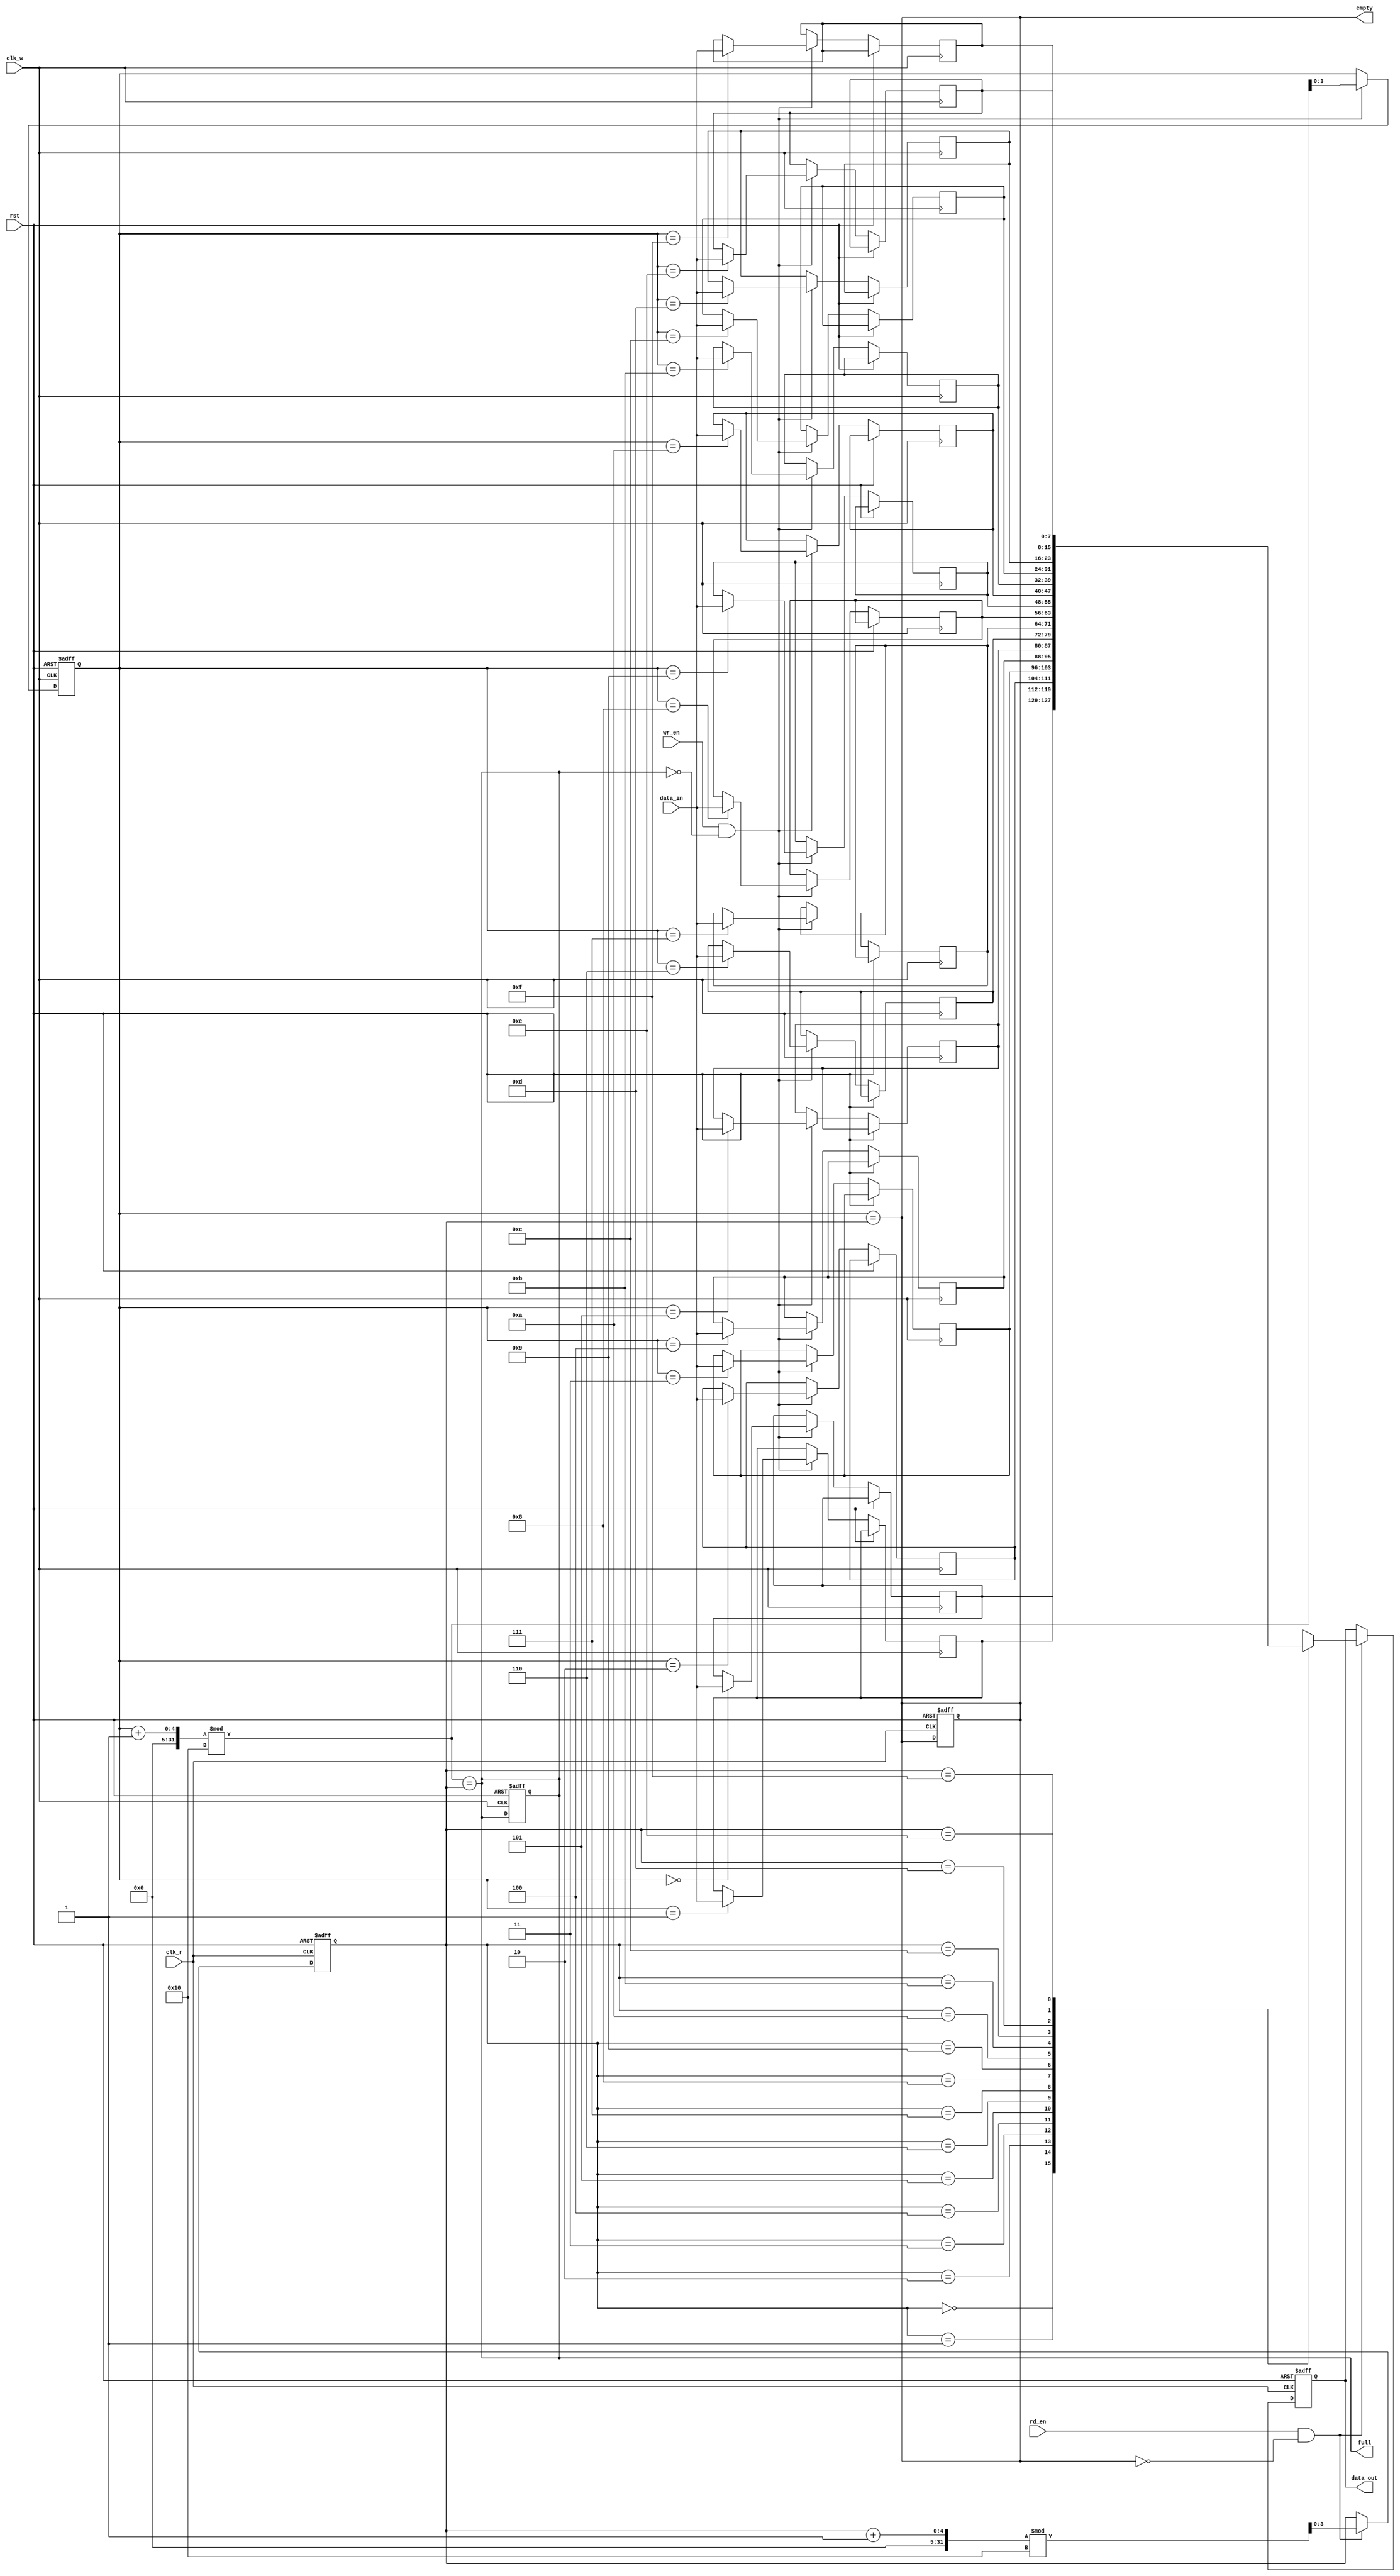
module fifo_sram #(
    parameter DATA_WIDTH = 8,  // Configurable data width (e.g., 8, 16, 32 bits)
    parameter DEPTH = 16        // Configurable depth (number of entries)
)(
    input wire clk_w,           // Write clock
    input wire clk_r,           // Read clock
    input wire rst,             // Reset signal
    input wire wr_en,           // Write enable
    input wire rd_en,           // Read enable
    input wire [DATA_WIDTH-1:0] data_in, // Data input
    output reg [DATA_WIDTH-1:0] data_out, // Data output
    output reg full,            // Full flag
    output reg empty            // Empty flag
);

    // Memory array (SRAM)
    reg [DATA_WIDTH-1:0] mem [0:DEPTH-1];

    // Write and Read pointers
    reg [clog2(DEPTH)-1:0] wr_ptr;
    reg [clog2(DEPTH)-1:0] rd_ptr;

    // Function to calculate log2
    function integer clog2;
        input integer value;
        begin
            value = value - 1;
            for (clog2 = 0; value > 0; clog2 = clog2 + 1)
                value = value >> 1;
        end
    endfunction

    // Asynchronous Reset
    always @(posedge clk_w or posedge rst) begin
        if (rst) begin
            wr_ptr <= 0;
            full <= 0;
        end else if (wr_en && !full) begin
            mem[wr_ptr] <= data_in; // Write data to memory
            wr_ptr <= (wr_ptr + 1) % DEPTH; // Increment write pointer
        end
    end

    always @(posedge clk_r or posedge rst) begin
        if (rst) begin
            rd_ptr <= 0;
            empty <= 1;
            data_out <= 0;
        end else if (rd_en && !empty) begin
            data_out <= mem[rd_ptr]; // Read data from memory
            rd_ptr <= (rd_ptr + 1) % DEPTH; // Increment read pointer
        end
    end

    // Full and Empty flag logic
    always @(*) begin
        full = (wr_ptr + 1) % DEPTH == rd_ptr; // Full condition
        empty = (wr_ptr == rd_ptr); // Empty condition
    end

endmodule